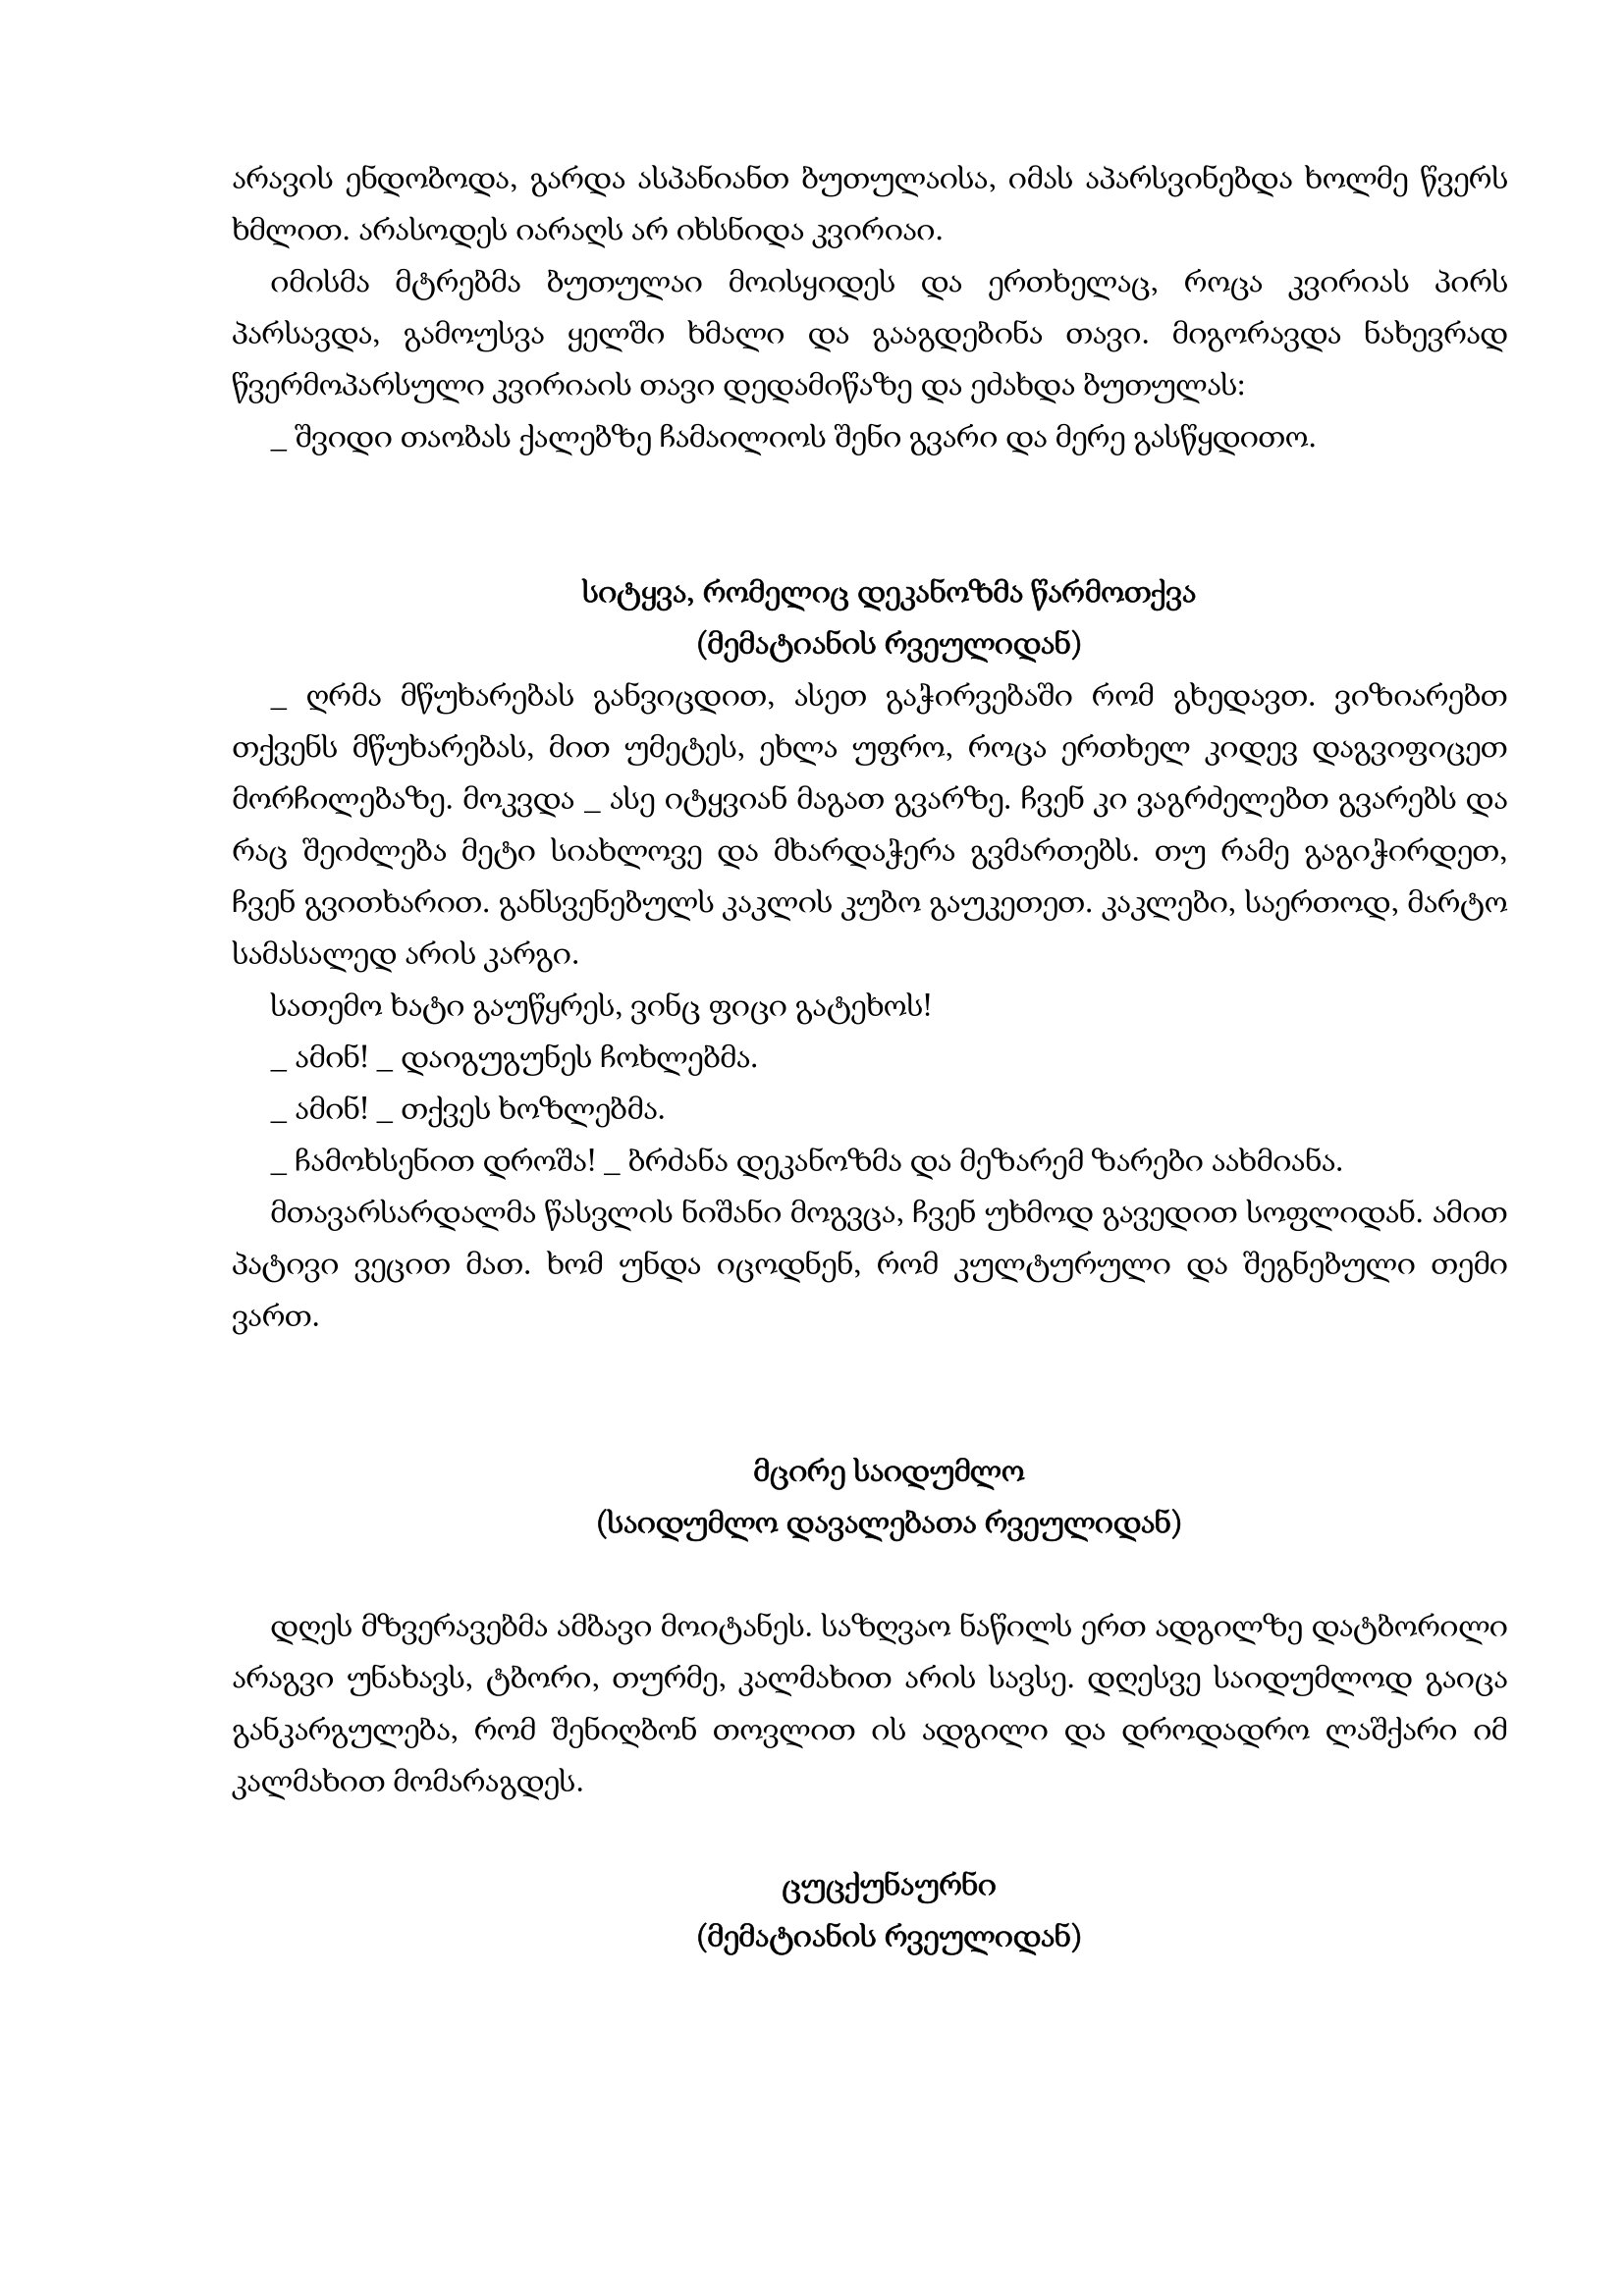
Language: gr